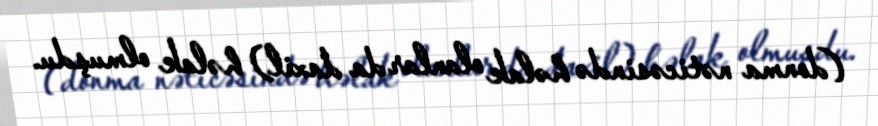
(donma nəticəsində həlak olanlar da daxil) həlak olmuşdu.